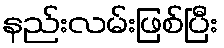
နည်းလမ်းဖြစ်ပြီး